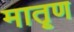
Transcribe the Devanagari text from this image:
मातॄण